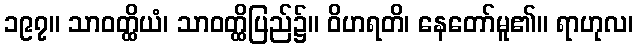
၁၉၇။ သာဝတ္ထိယံ၊ သာဝတ္ထိပြည်၌။ ဝိဟရတိ၊ နေတော်မူ၏။ ရာဟုလ၊